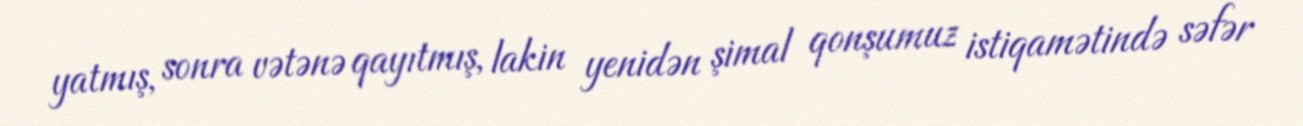
yatmış, sonra vətənə qayıtmış, lakin yenidən şimal qonşumuz istiqamətində səfər